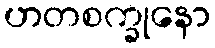
ဟတစက္ခုနော